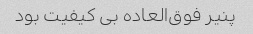
پنیر فوق‌العاده بی کیفیت بود